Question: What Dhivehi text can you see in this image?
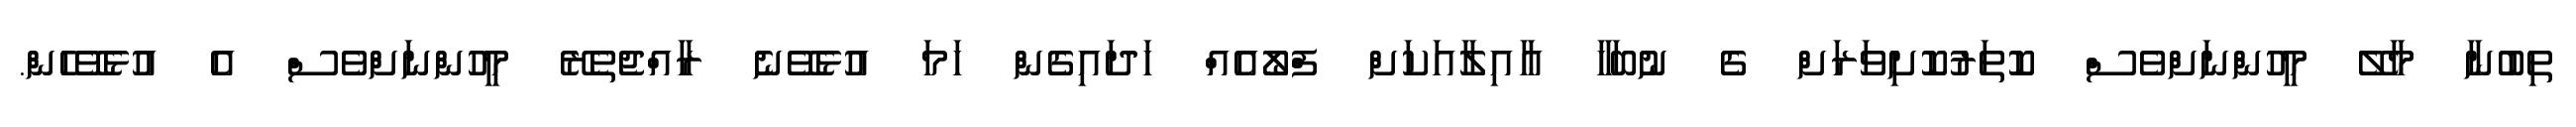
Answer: ތިބުނާ މާލޭ މީހުންނަށްވެސް ކޮތަރުކޮށިވަރަށް ގެ ނުބަހާ ޢާއިލާއަކަށް ފްލޯއެއް ހަދައިގެން ހަމަ އުޅެވޭނެ ރާއްޖެތެރޭ މީހުންނަށްވެސް އެ އުޅެވޭހެން.